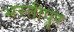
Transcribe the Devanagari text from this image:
भरतीपुर